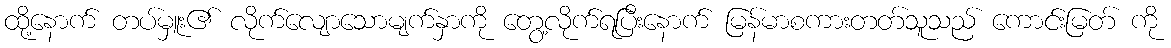
ထို့နောက် တပ်မှူး၏ လိုက်လျောသောမျက်နှာကို တွေ့လိုက်ရပြီးနောက် မြန်မာစကားတတ်သူသည် ကောင်းမြတ် ကို